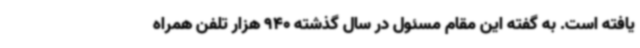
یافته است. به گفته این مقام مسئول در سال گذشته 940 هزار تلفن همراه